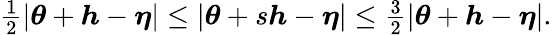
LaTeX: \begin{array}{r}{\frac{1}{2}\left\lvert{\boldsymbol{\theta}}+{\boldsymbol{h}}-{\boldsymbol{\eta}}\right\rvert\leq\left\lvert{\boldsymbol{\theta}}+s{\boldsymbol{h}}-{\boldsymbol{\eta}}\right\rvert\leq\frac{3}{2}\left\lvert{\boldsymbol{\theta}}+{\boldsymbol{h}}-{\boldsymbol{\eta}}\right\rvert.}\end{array}